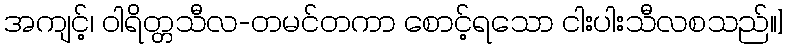
အကျင့်၊ ဝါရိတ္တသီလ-တမင်တကာ စောင့်ရသော ငါးပါးသီလစသည်။]